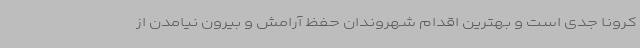
کرونا جدی است و بهترین اقدام شهروندان حفظ آرامش و بیرون نیامدن از